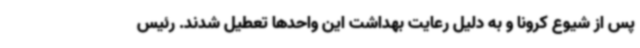
پس از شیوع کرونا و به دلیل رعایت بهداشت این واحدها تعطیل شدند. رئیس